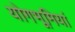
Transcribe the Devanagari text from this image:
योगभूमियां